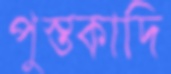
পুস্তকাদি